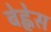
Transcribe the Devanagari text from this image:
बेह्नेस